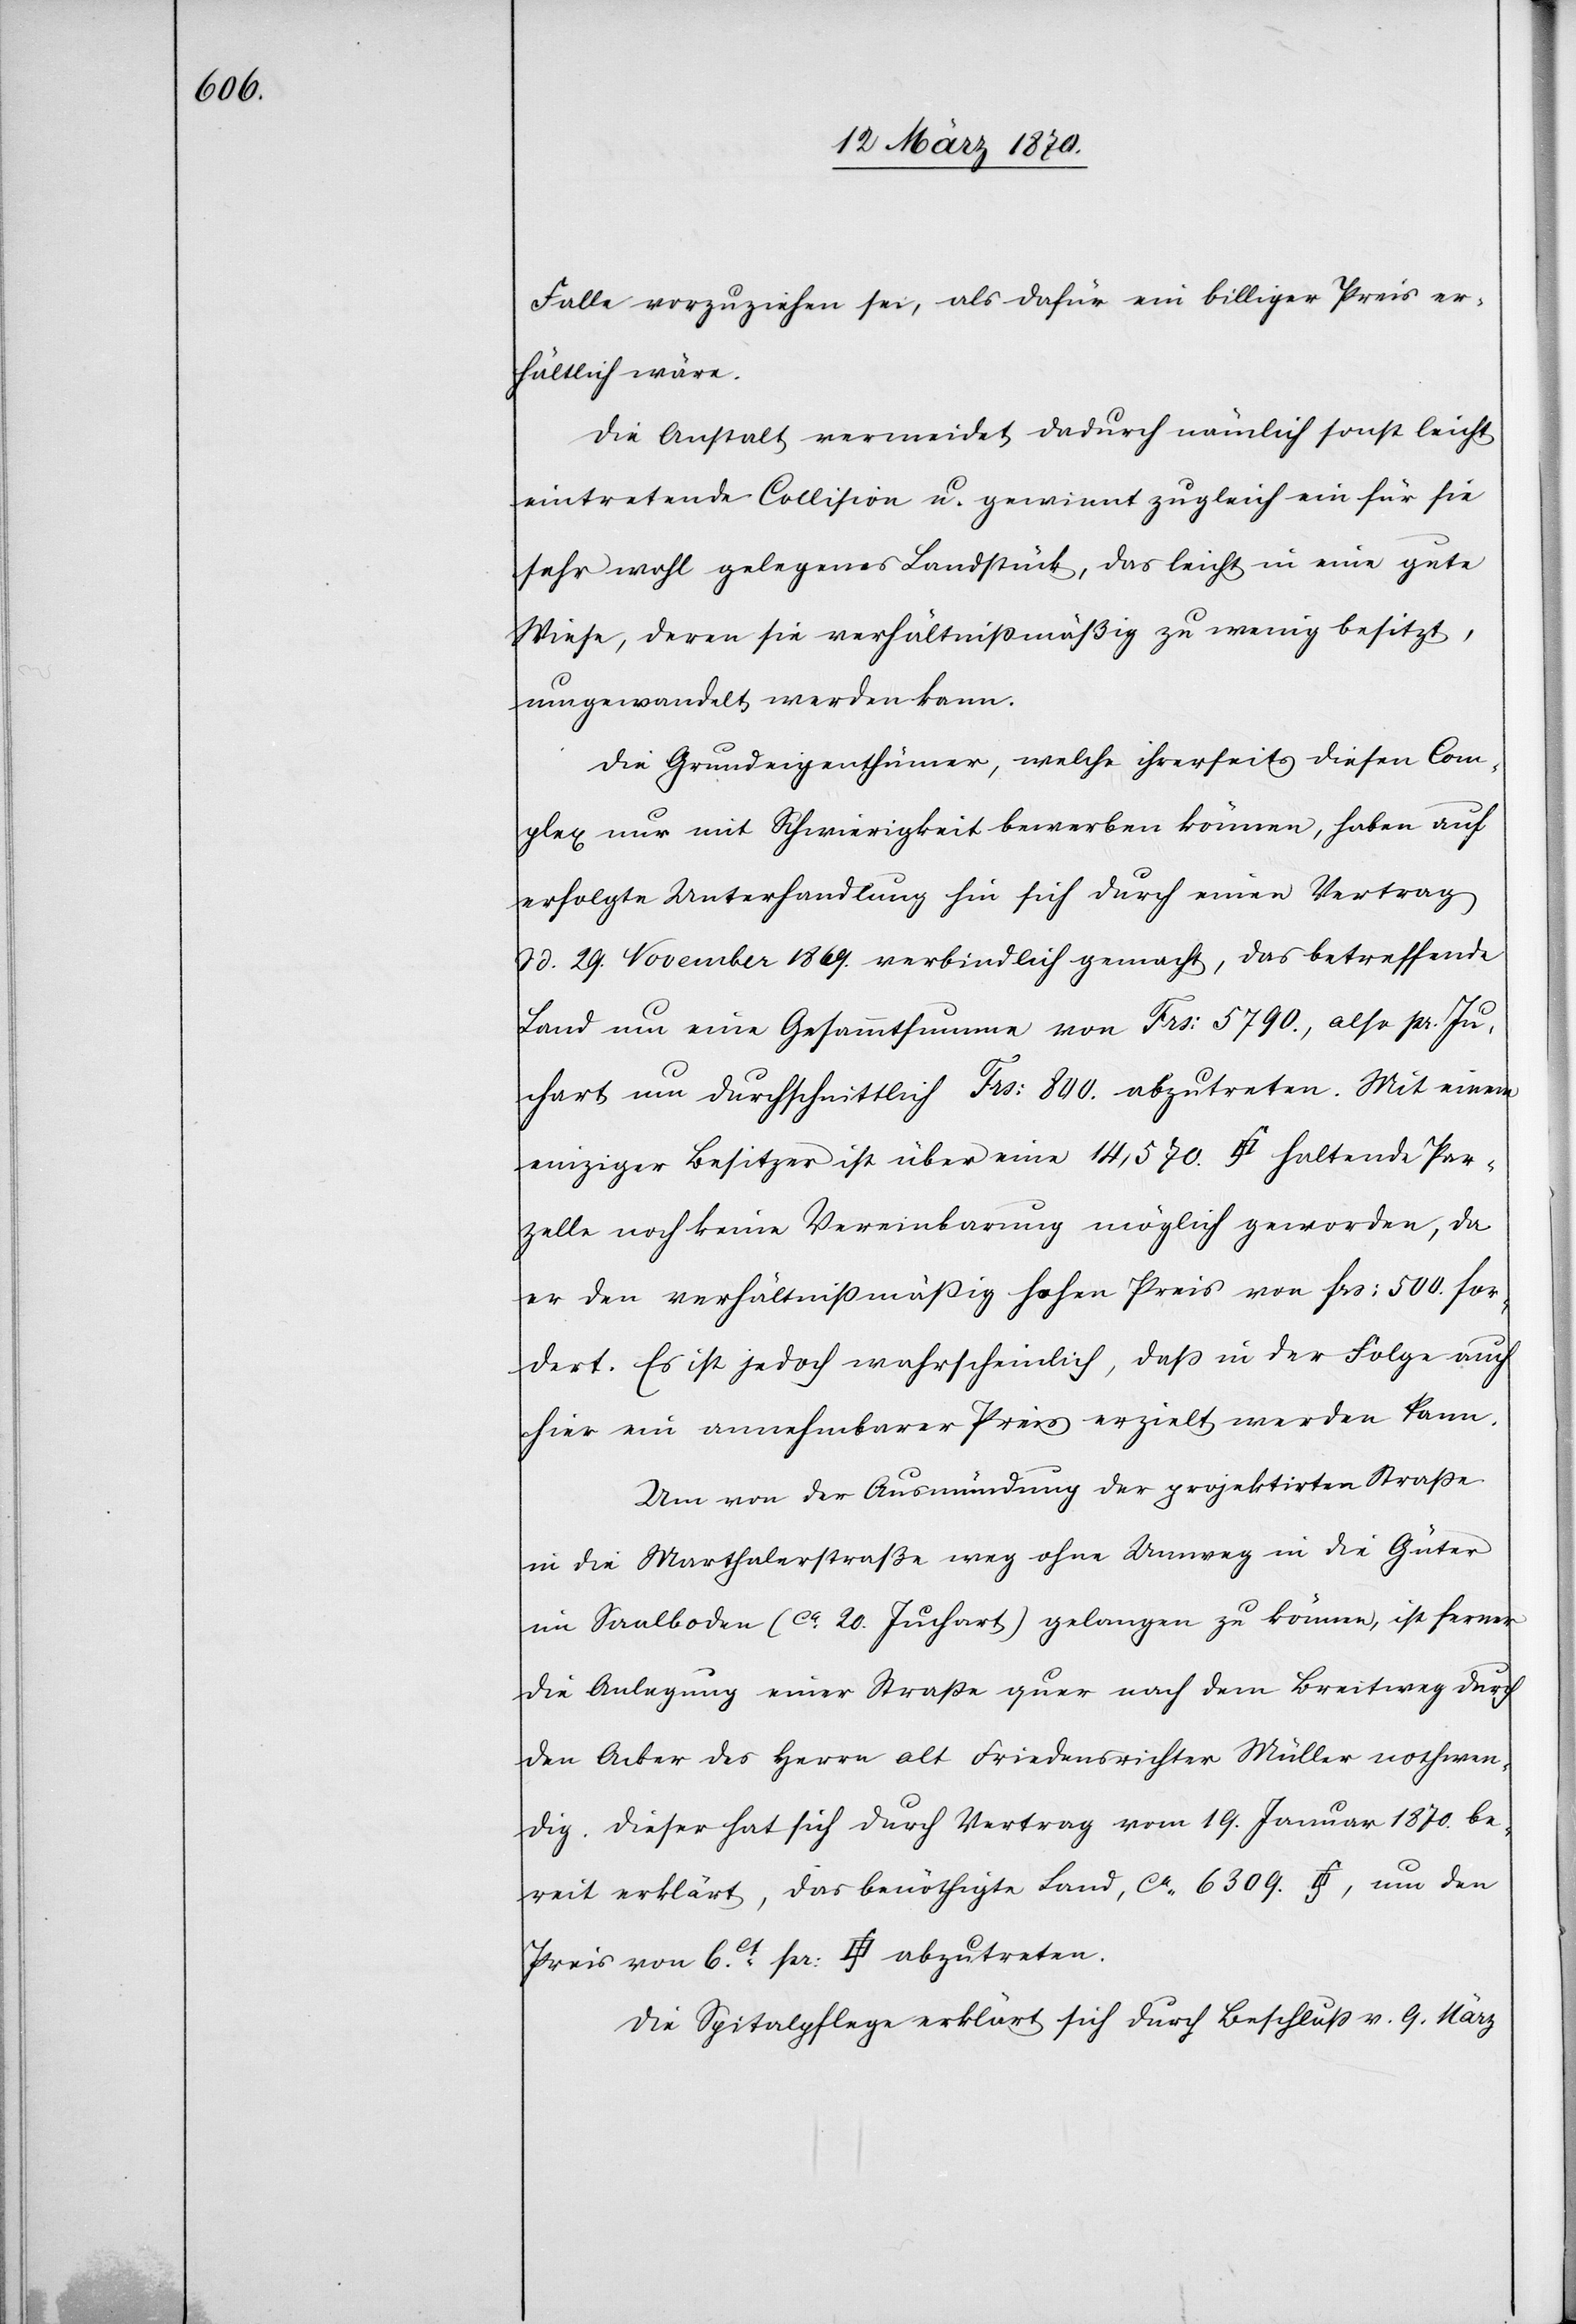
Falle vorzuziehen sei, als dafür ein billiger Preis er¬
hältlich wäre.
Die Anstalt vermeidet dadurch nämlich sonst leicht
eintretende Collision u. gewinnt zugleich ein für sie
sehr wohl gelegenes Landstück, das leicht in eine gute
Wiese, deren sie verhältnißmäßig zu wenig besitzt,
umgewandelt werden kann.
Die Grundeigenthümer, welche ihrerseits diesen Com¬
plex nur mit Schwierigkeit bewerben können, haben auf
erfolgte Unterhandlung hin sich durch einen Vertrag
d. 29. November 1869. verbindlich gemacht, das betreffende
Land um eine Gesammtsumme von Frs: 5790., also pr. Ju¬
chart um durchschnittlich Frs: 800. abzutreten. Mit einem
einzigen Besitzer ist über eine 14,570. [Quadratfuss] haltende Par¬
zelle noch keine Vereinbarung möglich geworden, da
er den verhältnißmäßig hohen Preis von frs: 500. for¬
dert. Es ist jedoch wahrscheinlich, daß in der Folge auch
hier ein annehmbarer Preis erzielt werden kann.
Um von der Ausmündung der projektirten Straße
in die Marthalerstraße weg ohne Umweg in die Güter
im Saalboden (ca. 20. Juchart) gelangen zu können, ist ferner
die Anlegung einer Straße quer nach dem Breitweg durch
den Acker des Herrn alt Friedensrichter Müller nothwen¬
dig. Dieser hat sich durch Vertrag vom 19. Januar 1870. be¬
reit erklärt, das benöthigte Land, ca. 6309. [Quadratfuss], um den
Die Spitalpflege erklärt sich durch Beschluß v. 9. März